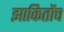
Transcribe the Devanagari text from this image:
झाकितोंच